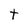
Character: t